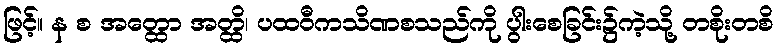
ဖြင့်။ န စ အတ္ထော အတ္ထိ၊ ပထဝီကသိဏစသည်ကို ပွါးစေခြင်း၌ကဲ့သို့ တစိုးတစိ